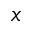
x